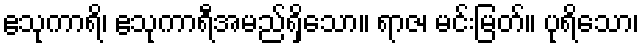
ဧသုကာရိ၊ ဧသုကာရီအမည်ရှိသော။ ရာဇ၊ မင်းမြတ်။ ပုရိသော၊